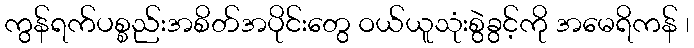
ကွန်ရက်ပစ္စည်းအစိတ်အပိုင်းတွေ ဝယ်ယူသုံးစွဲခွင့်ကို အမေရိကန် ၊